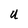
Character: U